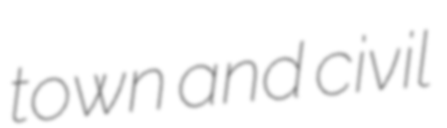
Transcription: town and civil